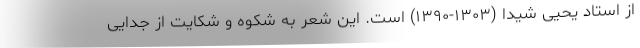
از استاد یحیی شیدا (۱۳۰۳-۱۳۹۰) است. این شعر به شکوه و شکایت از جدایی